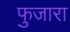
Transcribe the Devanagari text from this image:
फुजारा